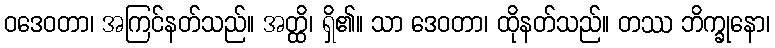
ဝဒေဝတာ၊ အကြင်နတ်သည်။ အတ္ထိ၊ ရှိ၏။ သာ ဒေဝတာ၊ ထိုနတ်သည်။ တဿ ဘိက္ခုနော၊